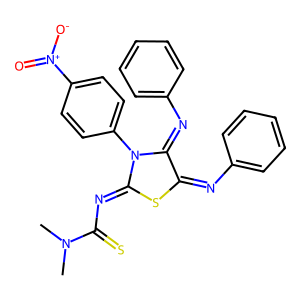
SMILES: CN(C)C(=S)N=C1SC(=Nc2ccccc2)C(=Nc2ccccc2)N1c1ccc([N+](=O)[O-])cc1
Inhibits HIV replication: No